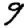
Digit: 9